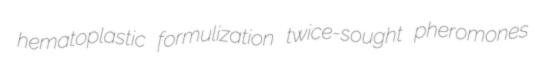
hematoplastic formulization twice-sought pheromones